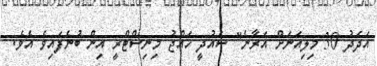
އަދަދު 30 މިލިއަނަށް އަރާނެ" ސައުދީ ހައްޖު މިނިސްޓްރީ އިން ބުނެފައިވެ އެވެ.